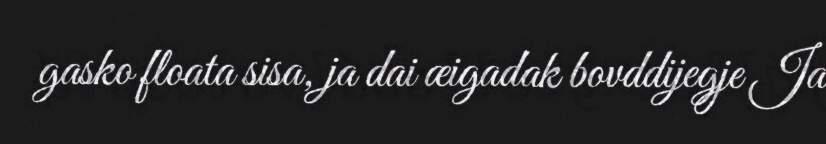
gasko floata sisa, ja dai æigadak bovddijegje Ja